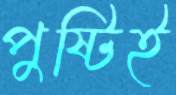
পুষ্টিই